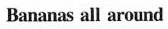
Bananas all around